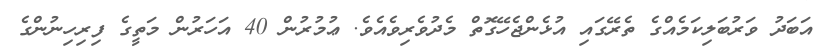
އަބަދު ވަރުބަލިކަމެއްގެ ތެރޭގައި އުޅެންޖެހޭގޮތް މެދުވެރިވެއެވެ. ޢުމުރުން 40 އަހަރުން މަތީގެ ފިރިހިނުންގެ